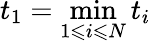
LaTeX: t_{1}=\operatorname*{min}_{1\leqslant i\leqslant N}t_{i}